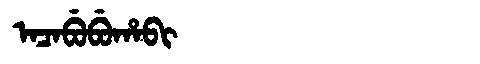
Manchu: ᠠᠴᠠᠪᡠᠪᡠᡥᠠᠪᡳ
Romanization: ACABUBUHABI